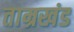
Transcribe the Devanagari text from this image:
ताम्रखंड